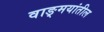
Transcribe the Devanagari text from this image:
वाङ्‍मयांतील